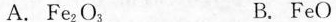
A. Fe_{2} O_{3} B. FeO